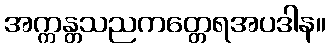
အက္ကန္တသညကတ္တေရအပဒါန။